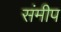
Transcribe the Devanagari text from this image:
संमीप